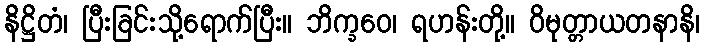
နိဋ္ဌိတံ၊ ပြီးခြင်းသို့ရောက်ပြီး။ ဘိက္ခဝေ၊ ရဟန်းတို့။ ဝိမုတ္တာယတနာနိ၊